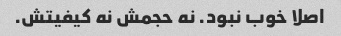
اصلا خوب نبود. نه حجمش نه کیفیتش.